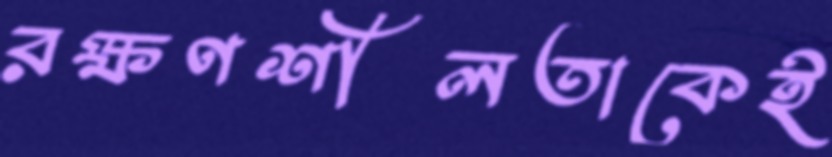
রক্ষণশীলতাকেই